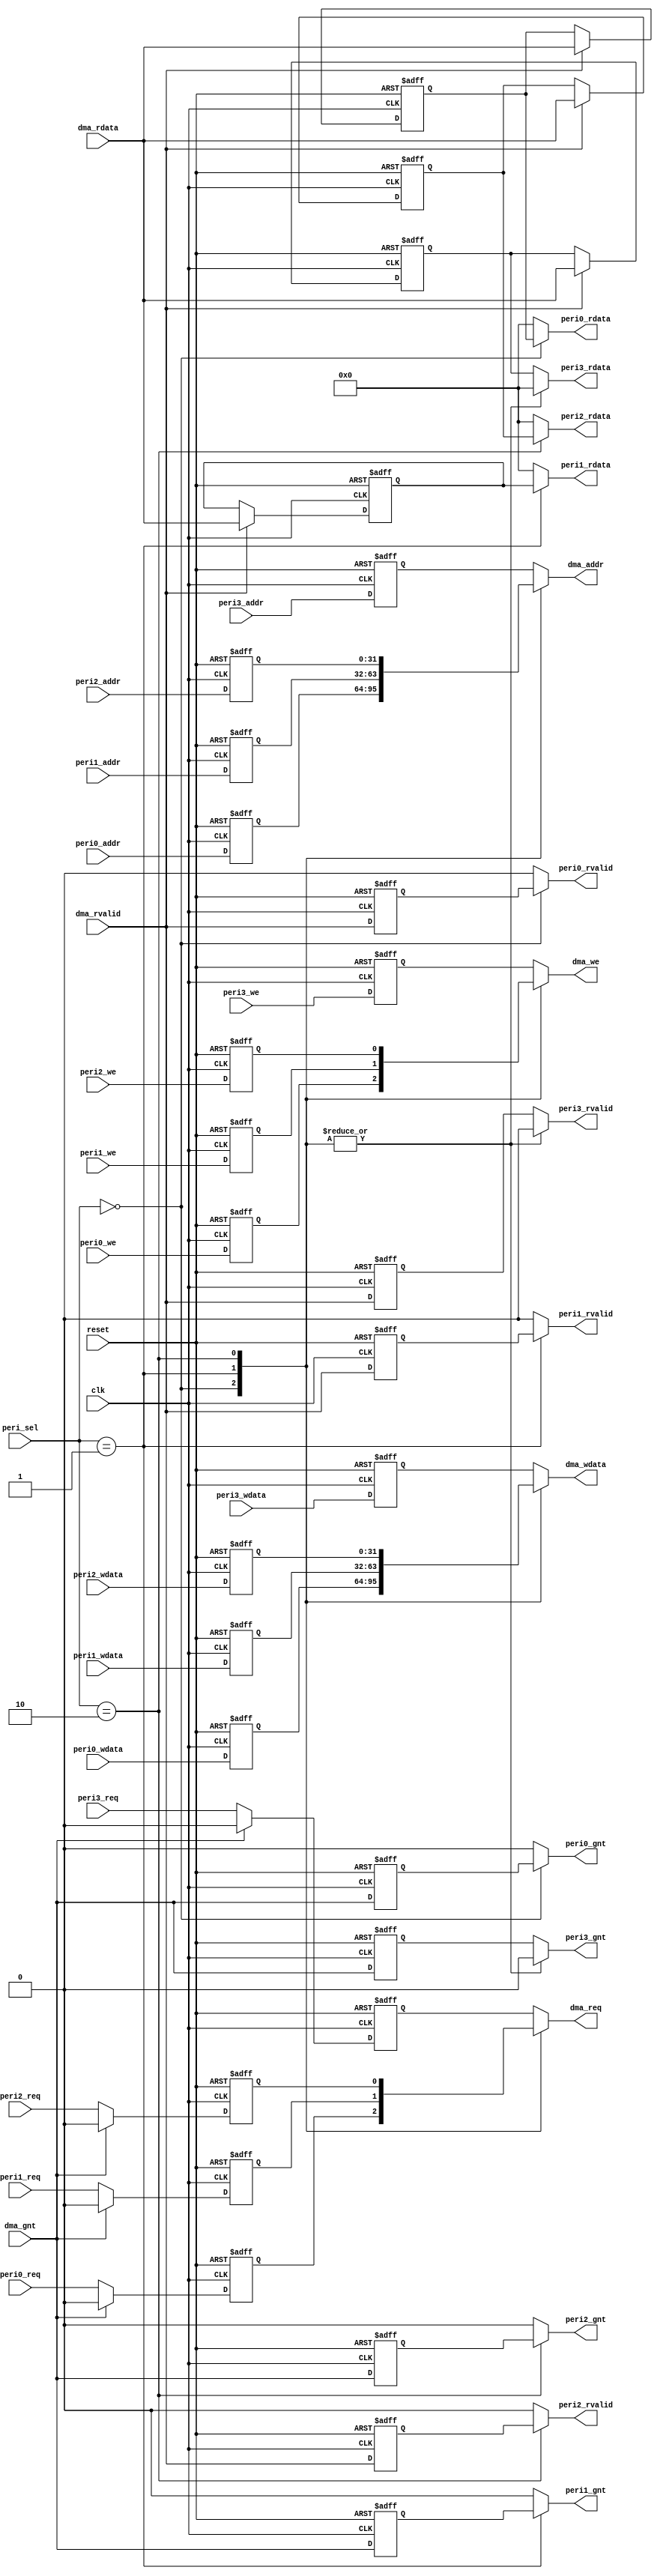
// Generator : SpinalHDL v1.4.0    git head : ecb5a80b713566f417ea3ea061f9969e73770a7f
// Component : dma_if



module dma_if (
  input      [1:0]    peri_sel,
  output reg          dma_req,
  input               dma_gnt,
  output reg [31:0]   dma_addr,
  output reg          dma_we,
  output reg [31:0]   dma_wdata,
  input      [31:0]   dma_rdata,
  input               dma_rvalid,
  input               peri0_req,
  output reg          peri0_gnt,
  input      [31:0]   peri0_addr,
  input               peri0_we,
  input      [31:0]   peri0_wdata,
  output reg [31:0]   peri0_rdata,
  output reg          peri0_rvalid,
  input               peri1_req,
  output reg          peri1_gnt,
  input      [31:0]   peri1_addr,
  input               peri1_we,
  input      [31:0]   peri1_wdata,
  output reg [31:0]   peri1_rdata,
  output reg          peri1_rvalid,
  input               peri2_req,
  output reg          peri2_gnt,
  input      [31:0]   peri2_addr,
  input               peri2_we,
  input      [31:0]   peri2_wdata,
  output reg [31:0]   peri2_rdata,
  output reg          peri2_rvalid,
  input               peri3_req,
  output reg          peri3_gnt,
  input      [31:0]   peri3_addr,
  input               peri3_we,
  input      [31:0]   peri3_wdata,
  output reg [31:0]   peri3_rdata,
  output reg          peri3_rvalid,
  input               clk,
  input               reset 
);
  reg                 peri0_req_regNext;
  reg                 peri0_we_regNext;
  reg        [31:0]   peri0_addr_regNext;
  reg        [31:0]   peri0_wdata_regNext;
  reg                 dma_gnt_regNext;
  reg        [31:0]   dma_rdata_regNextWhen;
  reg                 dma_rvalid_regNext;
  reg                 peri1_req_regNext;
  reg                 peri1_we_regNext;
  reg        [31:0]   peri1_addr_regNext;
  reg        [31:0]   peri1_wdata_regNext;
  reg                 dma_gnt_regNext_1_;
  reg        [31:0]   dma_rdata_regNextWhen_1_;
  reg                 dma_rvalid_regNext_1_;
  reg                 peri2_req_regNext;
  reg                 peri2_we_regNext;
  reg        [31:0]   peri2_addr_regNext;
  reg        [31:0]   peri2_wdata_regNext;
  reg                 dma_gnt_regNext_2_;
  reg        [31:0]   dma_rdata_regNextWhen_2_;
  reg                 dma_rvalid_regNext_2_;
  reg                 peri3_req_regNext;
  reg                 peri3_we_regNext;
  reg        [31:0]   peri3_addr_regNext;
  reg        [31:0]   peri3_wdata_regNext;
  reg                 dma_gnt_regNext_3_;
  reg        [31:0]   dma_rdata_regNextWhen_3_;
  reg                 dma_rvalid_regNext_3_;

  always @ (*) begin
    peri0_gnt = 1'b0;
    case(peri_sel)
      2'b00 : begin
        peri0_gnt = dma_gnt_regNext;
      end
      2'b01 : begin
      end
      2'b10 : begin
      end
      default : begin
      end
    endcase
  end

  always @ (*) begin
    peri0_rdata = 32'h0;
    case(peri_sel)
      2'b00 : begin
        peri0_rdata = dma_rdata_regNextWhen;
      end
      2'b01 : begin
      end
      2'b10 : begin
      end
      default : begin
      end
    endcase
  end

  always @ (*) begin
    peri0_rvalid = 1'b0;
    case(peri_sel)
      2'b00 : begin
        peri0_rvalid = dma_rvalid_regNext;
      end
      2'b01 : begin
      end
      2'b10 : begin
      end
      default : begin
      end
    endcase
  end

  always @ (*) begin
    peri1_gnt = 1'b0;
    case(peri_sel)
      2'b00 : begin
      end
      2'b01 : begin
        peri1_gnt = dma_gnt_regNext_1_;
      end
      2'b10 : begin
      end
      default : begin
      end
    endcase
  end

  always @ (*) begin
    peri1_rdata = 32'h0;
    case(peri_sel)
      2'b00 : begin
      end
      2'b01 : begin
        peri1_rdata = dma_rdata_regNextWhen_1_;
      end
      2'b10 : begin
      end
      default : begin
      end
    endcase
  end

  always @ (*) begin
    peri1_rvalid = 1'b0;
    case(peri_sel)
      2'b00 : begin
      end
      2'b01 : begin
        peri1_rvalid = dma_rvalid_regNext_1_;
      end
      2'b10 : begin
      end
      default : begin
      end
    endcase
  end

  always @ (*) begin
    peri2_gnt = 1'b0;
    case(peri_sel)
      2'b00 : begin
      end
      2'b01 : begin
      end
      2'b10 : begin
        peri2_gnt = dma_gnt_regNext_2_;
      end
      default : begin
      end
    endcase
  end

  always @ (*) begin
    peri2_rdata = 32'h0;
    case(peri_sel)
      2'b00 : begin
      end
      2'b01 : begin
      end
      2'b10 : begin
        peri2_rdata = dma_rdata_regNextWhen_2_;
      end
      default : begin
      end
    endcase
  end

  always @ (*) begin
    peri2_rvalid = 1'b0;
    case(peri_sel)
      2'b00 : begin
      end
      2'b01 : begin
      end
      2'b10 : begin
        peri2_rvalid = dma_rvalid_regNext_2_;
      end
      default : begin
      end
    endcase
  end

  always @ (*) begin
    peri3_gnt = 1'b0;
    case(peri_sel)
      2'b00 : begin
      end
      2'b01 : begin
      end
      2'b10 : begin
      end
      default : begin
        peri3_gnt = dma_gnt_regNext_3_;
      end
    endcase
  end

  always @ (*) begin
    peri3_rdata = 32'h0;
    case(peri_sel)
      2'b00 : begin
      end
      2'b01 : begin
      end
      2'b10 : begin
      end
      default : begin
        peri3_rdata = dma_rdata_regNextWhen_3_;
      end
    endcase
  end

  always @ (*) begin
    peri3_rvalid = 1'b0;
    case(peri_sel)
      2'b00 : begin
      end
      2'b01 : begin
      end
      2'b10 : begin
      end
      default : begin
        peri3_rvalid = dma_rvalid_regNext_3_;
      end
    endcase
  end

  always @ (*) begin
    case(peri_sel)
      2'b00 : begin
        dma_req = peri0_req_regNext;
      end
      2'b01 : begin
        dma_req = peri1_req_regNext;
      end
      2'b10 : begin
        dma_req = peri2_req_regNext;
      end
      default : begin
        dma_req = peri3_req_regNext;
      end
    endcase
  end

  always @ (*) begin
    case(peri_sel)
      2'b00 : begin
        dma_we = peri0_we_regNext;
      end
      2'b01 : begin
        dma_we = peri1_we_regNext;
      end
      2'b10 : begin
        dma_we = peri2_we_regNext;
      end
      default : begin
        dma_we = peri3_we_regNext;
      end
    endcase
  end

  always @ (*) begin
    case(peri_sel)
      2'b00 : begin
        dma_addr = peri0_addr_regNext;
      end
      2'b01 : begin
        dma_addr = peri1_addr_regNext;
      end
      2'b10 : begin
        dma_addr = peri2_addr_regNext;
      end
      default : begin
        dma_addr = peri3_addr_regNext;
      end
    endcase
  end

  always @ (*) begin
    case(peri_sel)
      2'b00 : begin
        dma_wdata = peri0_wdata_regNext;
      end
      2'b01 : begin
        dma_wdata = peri1_wdata_regNext;
      end
      2'b10 : begin
        dma_wdata = peri2_wdata_regNext;
      end
      default : begin
        dma_wdata = peri3_wdata_regNext;
      end
    endcase
  end

  always @ (posedge clk or posedge reset) begin
    if (reset) begin
      peri0_req_regNext <= 1'b0;
      peri0_we_regNext <= 1'b0;
      peri0_addr_regNext <= 32'h0;
      peri0_wdata_regNext <= 32'h0;
      dma_gnt_regNext <= 1'b0;
      dma_rdata_regNextWhen <= 32'h0;
      dma_rvalid_regNext <= 1'b0;
    end else begin
      peri0_req_regNext <= peri0_req;
      if(dma_gnt)begin
        peri0_req_regNext <= 1'b0;
      end
      peri0_we_regNext <= peri0_we;
      peri0_addr_regNext <= peri0_addr;
      peri0_wdata_regNext <= peri0_wdata;
      dma_gnt_regNext <= dma_gnt;
      if((dma_rvalid == 1'b1))begin
        dma_rdata_regNextWhen <= dma_rdata;
      end
      dma_rvalid_regNext <= dma_rvalid;
    end
  end

  always @ (posedge clk or posedge reset) begin
    if (reset) begin
      peri1_req_regNext <= 1'b0;
      peri1_we_regNext <= 1'b0;
      peri1_addr_regNext <= 32'h0;
      peri1_wdata_regNext <= 32'h0;
      dma_gnt_regNext_1_ <= 1'b0;
      dma_rdata_regNextWhen_1_ <= 32'h0;
      dma_rvalid_regNext_1_ <= 1'b0;
    end else begin
      peri1_req_regNext <= peri1_req;
      if(dma_gnt)begin
        peri1_req_regNext <= 1'b0;
      end
      peri1_we_regNext <= peri1_we;
      peri1_addr_regNext <= peri1_addr;
      peri1_wdata_regNext <= peri1_wdata;
      dma_gnt_regNext_1_ <= dma_gnt;
      if((dma_rvalid == 1'b1))begin
        dma_rdata_regNextWhen_1_ <= dma_rdata;
      end
      dma_rvalid_regNext_1_ <= dma_rvalid;
    end
  end

  always @ (posedge clk or posedge reset) begin
    if (reset) begin
      peri2_req_regNext <= 1'b0;
      peri2_we_regNext <= 1'b0;
      peri2_addr_regNext <= 32'h0;
      peri2_wdata_regNext <= 32'h0;
      dma_gnt_regNext_2_ <= 1'b0;
      dma_rdata_regNextWhen_2_ <= 32'h0;
      dma_rvalid_regNext_2_ <= 1'b0;
    end else begin
      peri2_req_regNext <= peri2_req;
      if(dma_gnt)begin
        peri2_req_regNext <= 1'b0;
      end
      peri2_we_regNext <= peri2_we;
      peri2_addr_regNext <= peri2_addr;
      peri2_wdata_regNext <= peri2_wdata;
      dma_gnt_regNext_2_ <= dma_gnt;
      if((dma_rvalid == 1'b1))begin
        dma_rdata_regNextWhen_2_ <= dma_rdata;
      end
      dma_rvalid_regNext_2_ <= dma_rvalid;
    end
  end

  always @ (posedge clk or posedge reset) begin
    if (reset) begin
      peri3_req_regNext <= 1'b0;
      peri3_we_regNext <= 1'b0;
      peri3_addr_regNext <= 32'h0;
      peri3_wdata_regNext <= 32'h0;
      dma_gnt_regNext_3_ <= 1'b0;
      dma_rdata_regNextWhen_3_ <= 32'h0;
      dma_rvalid_regNext_3_ <= 1'b0;
    end else begin
      peri3_req_regNext <= peri3_req;
      if(dma_gnt)begin
        peri3_req_regNext <= 1'b0;
      end
      peri3_we_regNext <= peri3_we;
      peri3_addr_regNext <= peri3_addr;
      peri3_wdata_regNext <= peri3_wdata;
      dma_gnt_regNext_3_ <= dma_gnt;
      if((dma_rvalid == 1'b1))begin
        dma_rdata_regNextWhen_3_ <= dma_rdata;
      end
      dma_rvalid_regNext_3_ <= dma_rvalid;
    end
  end


endmodule